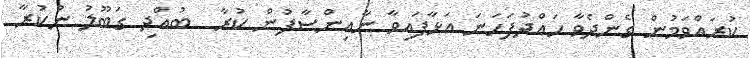
ކުރައްވަމުން ގެންދެވާ ހައްދުފަހަނަ އަޅާފައިވާ ނާއިންސާފުން ކުރާ  ބުއްދި ގަބޫލު ނުކުރާ